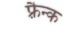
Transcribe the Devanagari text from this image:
फ़्रैन्क